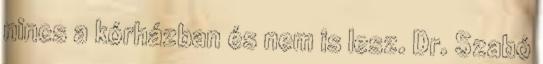
nincs a kórházban és nem is lesz. Dr. Szabó